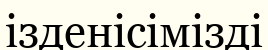
ізденісімізді